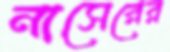
নাসেরের